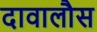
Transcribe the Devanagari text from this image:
दावालौस